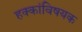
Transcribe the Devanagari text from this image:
हक्कांविषयक